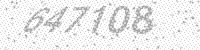
Solution: 647108